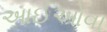
આઈઓવા